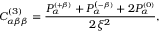
C _ { \alpha \beta \beta } ^ { ( 3 ) } = \frac { P _ { \alpha } ^ { \scriptscriptstyle { ( + \beta ) } } + P _ { \alpha } ^ { ( \scriptscriptstyle { - \beta ) } } + 2 P _ { \alpha } ^ { \scriptscriptstyle { ( 0 ) } } } { 2 \xi ^ { 2 } } ,